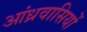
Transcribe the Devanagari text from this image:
आंध्रवासियों